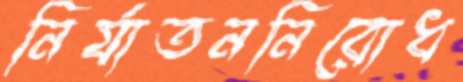
নির্যাতননিরোধ